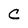
Character: C